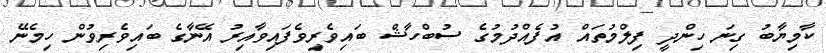
ކާމިޔާބު ގިނަ ހިންދީ ފިލްމުތައް އުފެއްދުމުގެ ސުބްހާޝް ބައިވެރިވެފައިވާއިރު އޭނާގެ ބައިވެރިވުން ހިމެނޭ